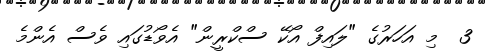
3  މި އަހަރުގެ "ލައިފް އޯކޭ ސްކްރީން" އެވޯޑުގައި ވެސް އެންމެ